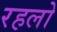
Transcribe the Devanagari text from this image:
रहलो